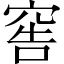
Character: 窖